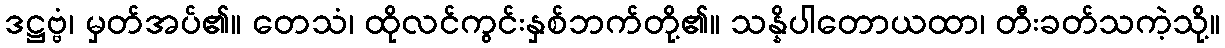
ဒဋ္ဌဗ္ဗံ၊ မှတ်အပ်၏။ တေသံ၊ ထိုလင်ကွင်းနှစ်ဘက်တို့၏။ သန္နိပါတောယထာ၊ တီးခတ်သကဲ့သို့။